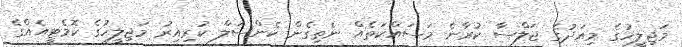
މަޖިލީހުގެ މިއަދުގެ ޖަލްސާ ކުރާނެ މަސައްކަތެއް ނެތިގެން ކެންސަލް ކުރިއިރު މަޖިލީހުގެ ކޮމެޓީއެއްގެ